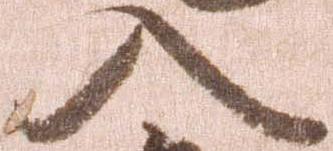
入